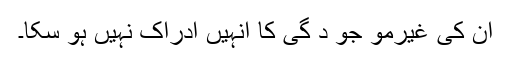
ان کی غیرمو جو د گی کا انہیں ادراک نہیں ہو سکا۔